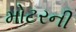
મોટરની